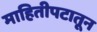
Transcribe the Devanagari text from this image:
माहितीपटातून